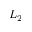
L _ { 2 }